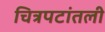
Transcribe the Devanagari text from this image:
चित्रपटांतली